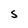
Character: S